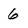
Character: 6